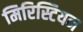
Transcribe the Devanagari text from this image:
मिरिस्टियन